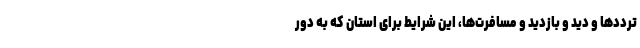
ترددها و دید و بازدید و مسافرت‌ها، این شرایط برای استان که به دور